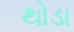
થોડા